Lunatic asylums Madras 1877-1891 - 1877-1891
Year: 1877
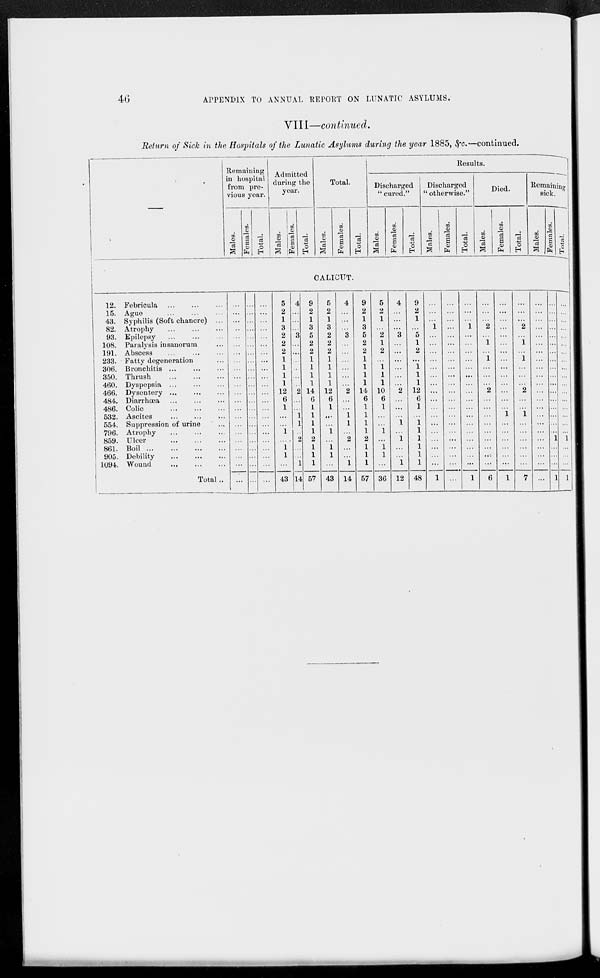
46
APPENDIX TO ANNUAL REPORT ON LUNATIC ASYLUMS.
VIII—continued.
Return of Sick in the Hospitals of the Lunatic Asylums during the year 1885, &c. —continued.
–––
Remaining
in hospital
from pre-
vious year.
Males.
Females.
Total.
Admitted
during the
year.
Males.
Females.
Total.
Total.
Males.
Females.
Total.
Results.
Discharged
"cured."
Males.
Females.
Total.
Discharged
"otherwise."
Males.
Females.
Total.
Died.
Males.
Females.
Total.
Remaining
sick.
Males.
Females.
Total.
CALICUT.
12.
15.
43.
82.
93.
108.
191.
233.
306.
350.
460.
466.
484.
486.
532.
554.
796.
859.
861.
905.
1094.
Febricula
...
...
...
Ague ... ... ...
Syphilis (Soft chancre) ...
Atrophy
...
...
...
Epilepsy ... ... ...
Paralysis insanorum ...
Abscess
...
...
...
Fatty degeneration ...
Bronchitis ... ... ...
Thrush
...
...
...
Dyspepsia ... ... ...
Dysentery
...
...
...
Diarrhœa
...
...
...
Colic
...
...
...
Ascites ... ... ...
Suppression of urine ...
Atrophy ... ... ...
Ulcer
...
...
...
Boil
...
...
...
...
Debility
...
...
...
Wound ... ... ...
Total...
...
...
...
...
...
...
...
...
...
...
...
...
...
...
...
...
...
...
...
...
...
...
...
...
...
...
...
...
...
...
...
...
...
...
...
...
...
...
...
...
...
...
...
...
...
...
...
...
...
...
...
...
...
...
...
...
...
...
...
...
...
...
...
...
...
...
5
2
1
3
2
2
2
1
1
1
1
12
6
1
...
...
1
...
1 1
...
43
4
...
...
...
3
...
...
...
...
...
...
2
...
...
1
1
...
2
...
...
1
14
9
2
1
3
5
2
2
1
1
1
1
14
6
1
1
1
1
2
1
1
1
57
5
2
1
3
2
2
2
1
1
1
1
12
6
1
...
...
1
...
1
1
...
43
4
...
...
...
3
...
...
...
...
...
...
2
...
...
1
1
...
2
...
...
1
14
9
2
1
3
5
2
2
1
1
1
1
14
6
1
1
1
1
2
1
1
1
57
5
2
1
...
2
1
2
...
1
1
1
10
6
1
...
...
1
...
1
1
...
36
4
...
...
...
3
...
...
...
...
...
...
2
...
...
...
1
...
1
...
...
1
12
9
2
1
...
5
1
2
...
1
1
1
12
6
1
...
1
1
1
1
1
1
48
...
...
...
1
...
...
...
...
...
...
...
...
...
...
...
...
...
...
...
...
...
1
...
...
...
...
...
...
...
...
...
...
...
...
...
...
...
...
...
...
...
...
...
...
...
...
...
1
...
...
...
...
...
...
...
...
...
...
...
...
...
...
...
...
...
1
...
...
...
2
...
1
...
1
...
...
...
2
...
...
...
...
...
...
...
...
...
6
...
...
...
...
...
...
...
...
...
...
...
...
...
...
1
...
...
...
...
...
...
1
...
...
...
2
...
1
...
1
...
...
...
2
...
...
1
...
...
...
...
...
...
7
...
...
...
...
...
...
...
...
...
...
...
...
...
...
...
...
...
...
...
...
...
...
...
...
...
...
...
...
...
...
...
...
...
...
...
...
...
...
...
1
...
...
...
1
...
...
...
...
...
...
...
...
...
...
...
...
...
...
...
...
...
1
...
...
...
1